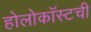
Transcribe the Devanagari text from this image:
होलोकॉस्टची